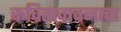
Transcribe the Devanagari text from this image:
कवितावाचनाचा